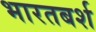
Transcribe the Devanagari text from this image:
भारतबर्श